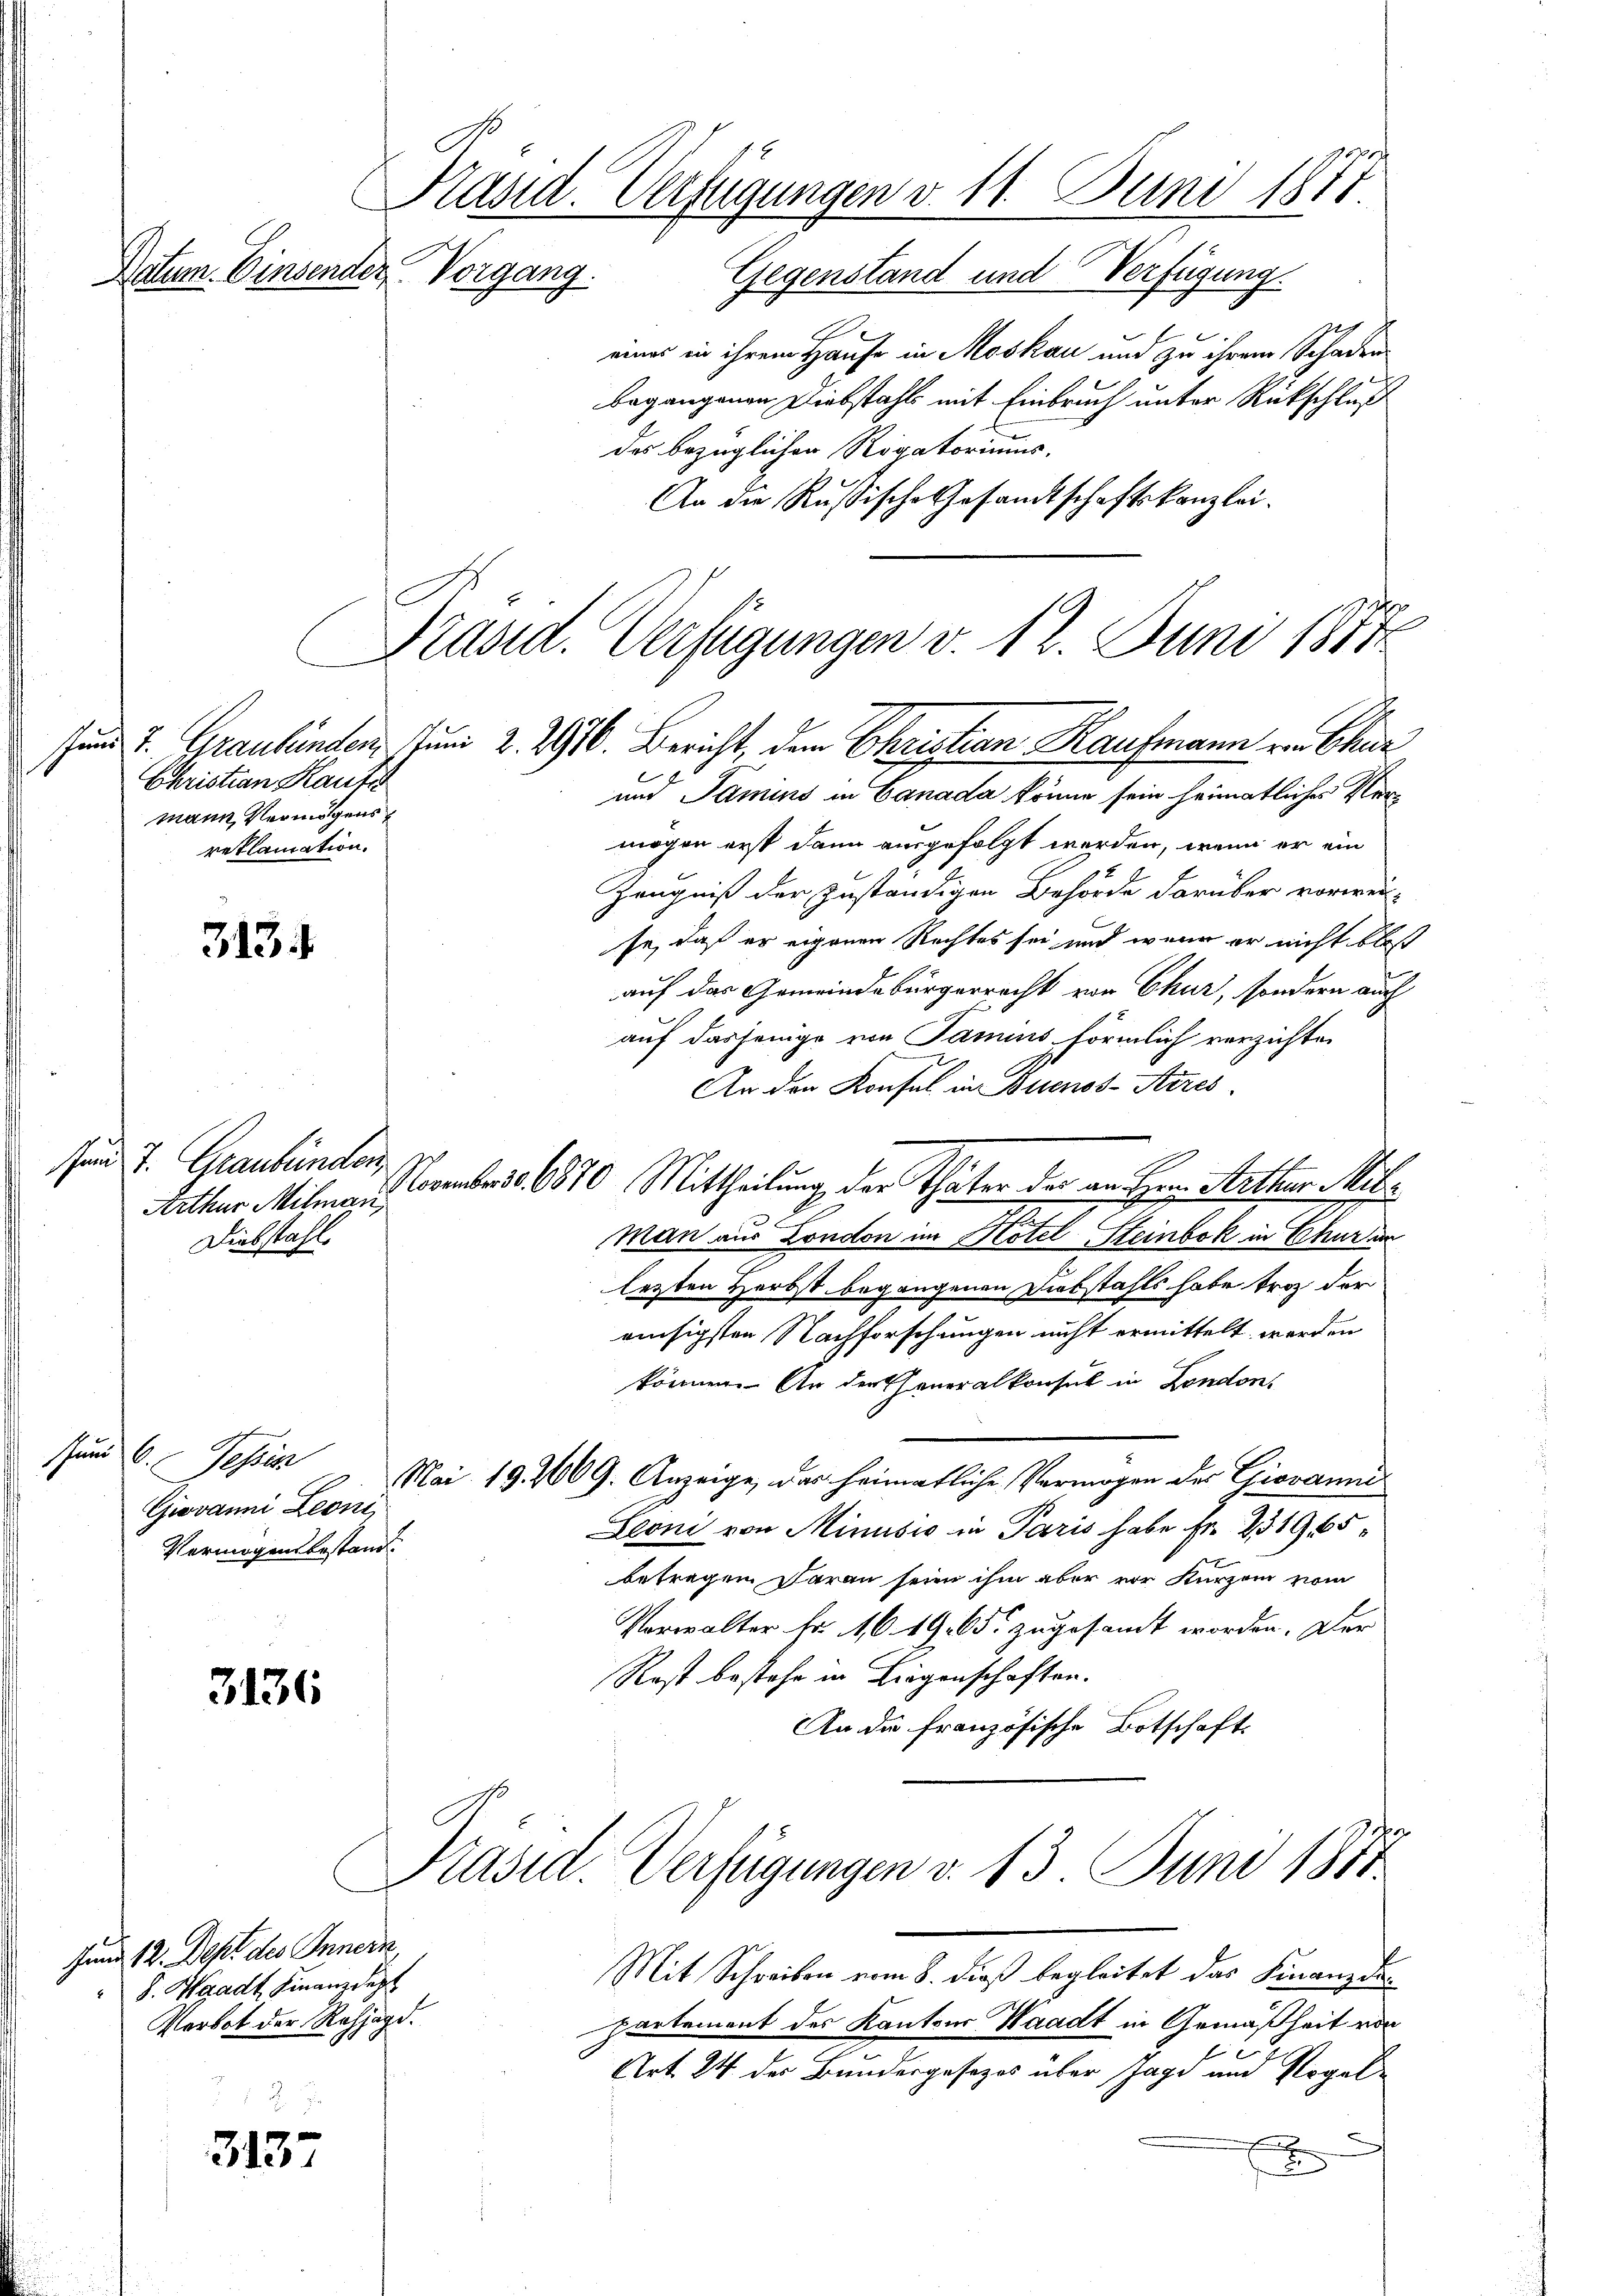
Christian Haute
mann Vermögensreklamation.

313.

sund 7. Graubünden,
Arthur Milman
Diebstahl.

sund 6. Tessin
Giovanni Leoni,
Vermögensbestand.

3136

Jund 12. Dept des Innern,
S. Waadt Finanzdep
Verbot der Rehjagd.

3137

Stand. Verfügungen d. 11. Juni 1871
Notum. Einsender Vorgang. Gegenstand und Verfügung.
eines in ihrem Hause in Moskau und zu ihrem Schaden

begangenen Diebstahls mit Einbruch unter Rückschluß
des bezüglichen Rogatoriums.
An die Rußische Gesandtschaftskanzlei.

sund u. Graubünden Juni 2. 2916. Bericht, dem Christian Kaufmann von Chur
und Famins in Canada könne sein heimatliches Vermögen erst dann ausgefolgt werden, wenn er ein
Zeugniß der zuständigen Behörde darüber vorwei-
se, daß er eigenen Rechtes sei und wenn er nicht blos
auf das Gemeindebürgerrecht von Chur, sondern auch
auf dasjenige von Jamins förmlich verzichten
An den Konsul in Buenos-Arres.
Novemberst 1870 Mittheilung der Thäter der an Herr Arthur Mit¬
Man aus London im Hotel Steinbok in Chur an
lezten Herbst begangenen Diebstahls habe trag der
ainsigsten Nachforschungen nicht ermittelt werden
können. An der Generalkonsul in London,
Mai 19. 2609. Anzeige, das heimatliche Vermögen des Giovanni
Leoni von Minusio in Paris habe Fr. 231965
betragen daran sein ihm aber vor Kurzem vom
Verwalter fr. 10. 19. 65. zugesamt worden. Der
Rest bestehe in Liegenschaften.
An die französische Botschaft

Präsid. Verfügungen v. 12. Juni 1881

Präsid. Verfügungen v. 13. Juni 1888

Mit Schreiben vom 8. dieß begleitet das Finanzdipartement des Kantons Waadt in Gemäßheit von
Art. 24 der Bundergesezes über Jagd und Vogelx